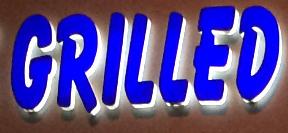
grilled